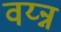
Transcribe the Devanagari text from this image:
वय्न्न